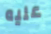
عليه